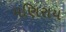
મણિરાય